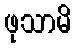
ဖုသာမိ